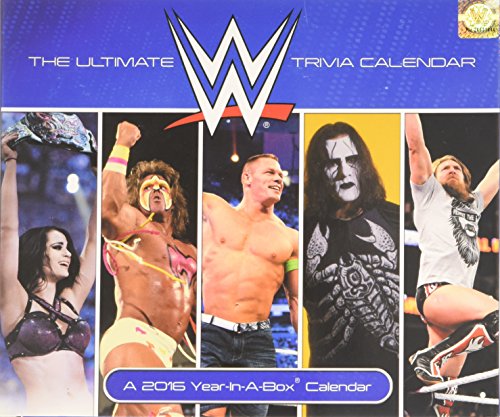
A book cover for WWE 2016 Calendar; Calendars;